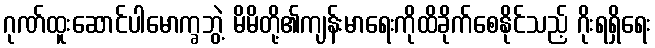
ဂုဏ်ထူးဆောင်ပါမောက္ခဘွဲ့ မိမိတို့၏ကျန်းမာရေးကိုထိခိုက်စေနိုင်သည့် ဂိုးရရှိရေး